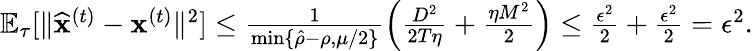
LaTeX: \begin{array}{r}{\mathbb{E}_{\tau}[\| \widehat{\mathbf x}^{(t)}-{\mathbf x}^{(t)}\| ^{2}]\leq\frac{1}{\operatorname*{min}\{ \hat{\rho}-\rho,\mu/2\} }\left(\frac{D^{2}}{2T\eta}+\frac{\eta M^{2}}{2}\right)\leq\frac{\epsilon^{2}}{2}+\frac{\epsilon^{2}}{2}=\epsilon^{2}.}\end{array}